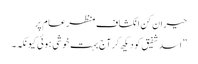
حیران کن انکشاف منظرعام پر
”اسد شفیق کو دیکھ کر آج بہت خوشی ہوئی کیونکہ۔